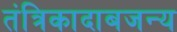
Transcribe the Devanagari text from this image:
तंत्रिकादाबजन्य